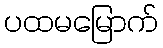
ပထမမြောက်